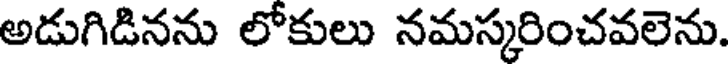
అడుగిడినను లోకులు నమస్కరించవలెను.